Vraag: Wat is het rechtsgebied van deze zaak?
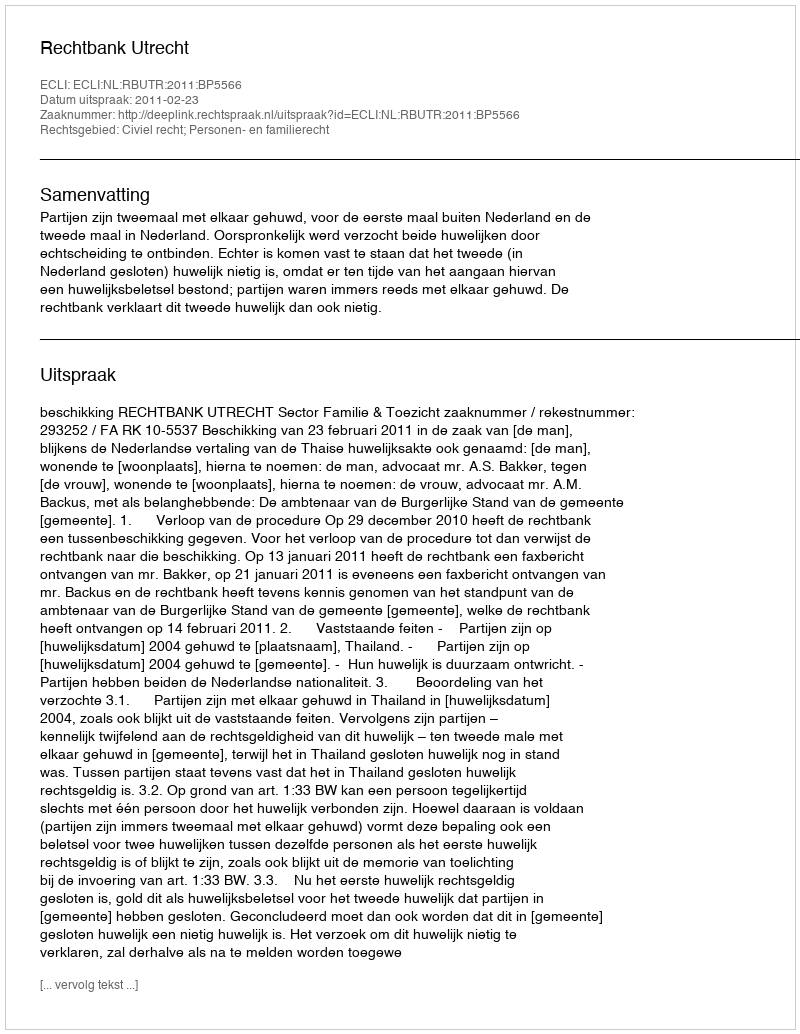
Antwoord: Civiel recht; Personen- en familierecht